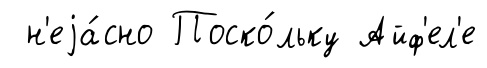
н'еjа́сно Поско́льку Айф'ел'е